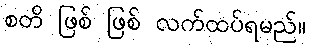
စတိ ဖြစ် ဖြစ် လက်ထပ်ရမည်။